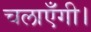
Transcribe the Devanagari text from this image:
चलाएँगी।